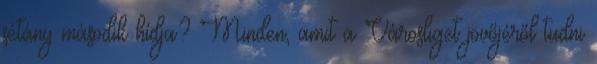
sétány második hídja? Minden, amit a Városliget jövőjéről tudni